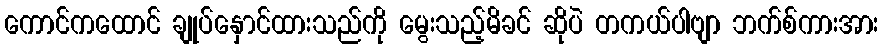
ကောင်ကထောင် ချုပ်နှောင်ထားသည်ကို မွေးသည့်မိခင် ဆိုပဲ တကယ်ပါဗျာ ဘက်စ်ကားအား